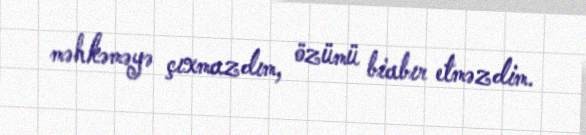
məhkəməyə çıxmazdım, özümü biabır etməzdim.